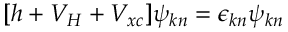
[ h + V _ { H } + V _ { x c } ] \psi _ { k n } = \epsilon _ { k n } \psi _ { k n }